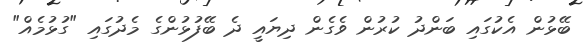
ބޭޅުން އެކުގައި ބަންދު ކުރުން ވެގެން ދިޔައީ ދެ ބޭފުޅުންގެ މެދުގައި "ގުޅުމެއް"